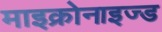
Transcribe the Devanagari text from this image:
माइक्रोनाइज्ड